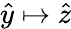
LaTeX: \hat{y}\mapsto\hat{z}